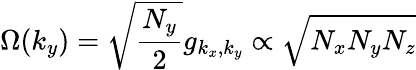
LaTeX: {\Omega}(k_{y})=\sqrt{\frac{N_{y}}{2}}g_{k_{x},k_{y}}\propto\sqrt{N_{x}N_{y}N_{z}}